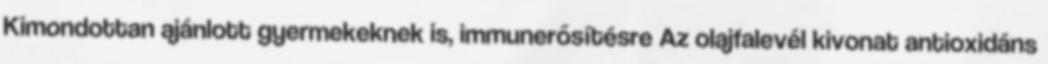
Kimondottan ajánlott gyermekeknek is, immunerősítésre Az olajfalevél kivonat antioxidáns